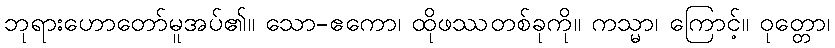
ဘုရားဟောတော်မူအပ်၏။ သော-ဧကော၊ ထိုဖဿတစ်ခုကို။ ကသ္မာ၊ ကြောင့်။ ဝုတ္တော၊